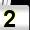
Digit: 2